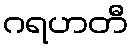
ဂရဟတီ